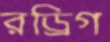
রড্রিগ